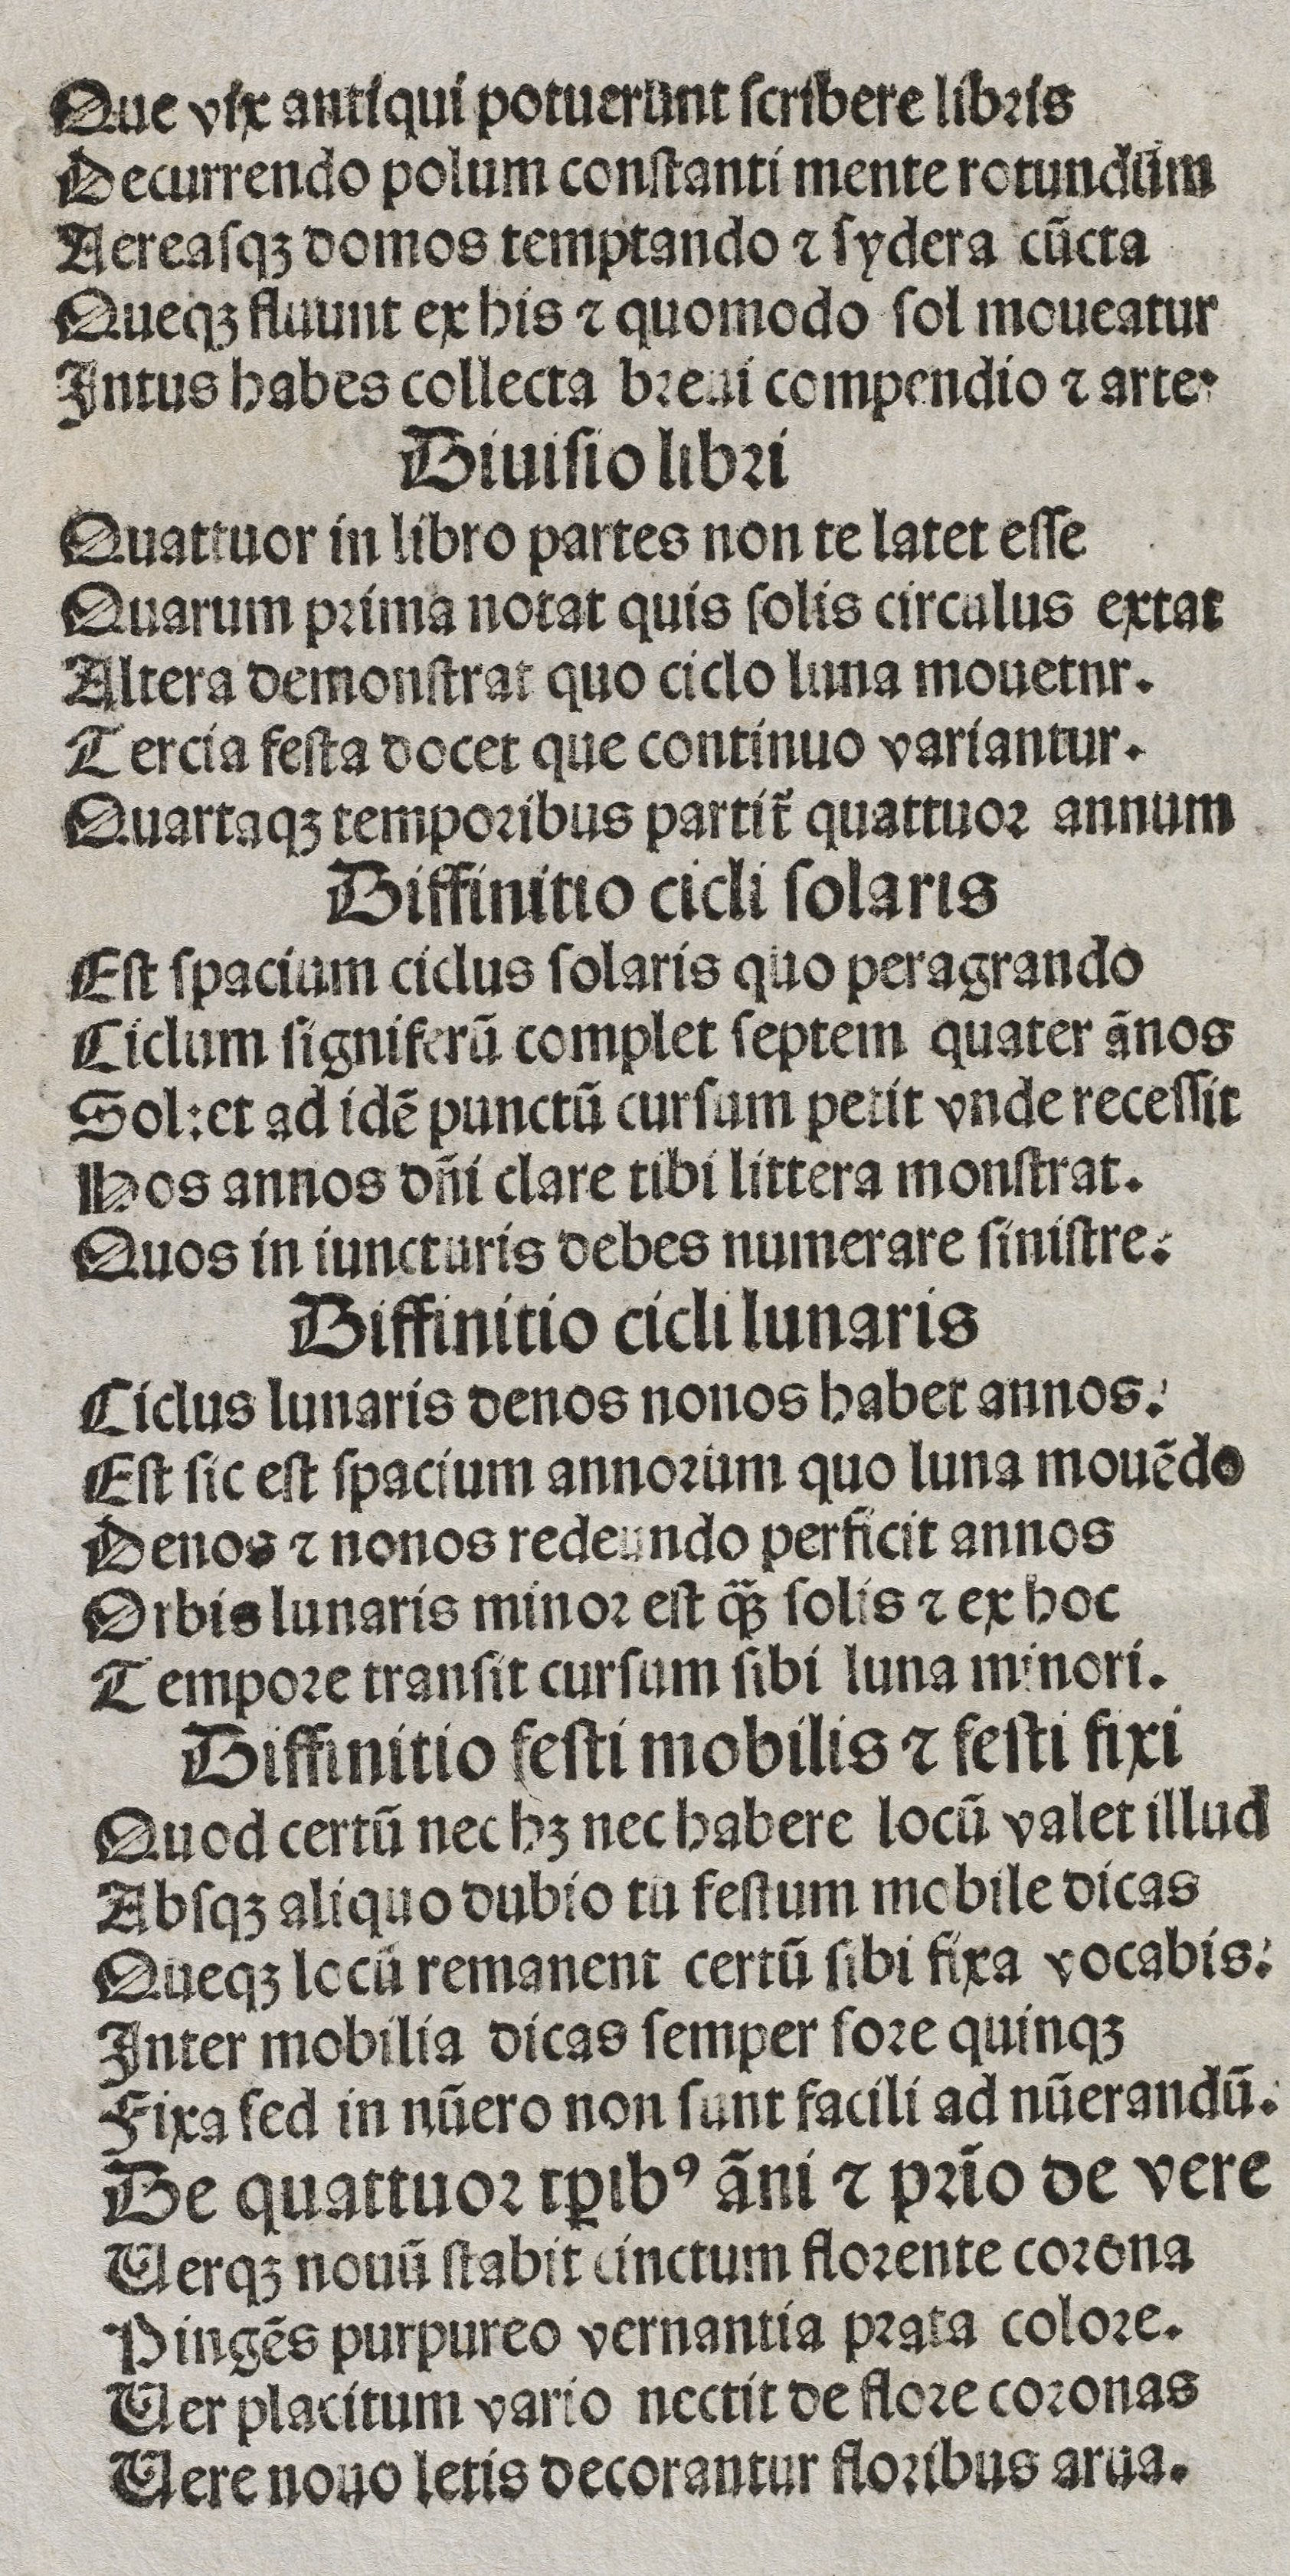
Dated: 1400–1449